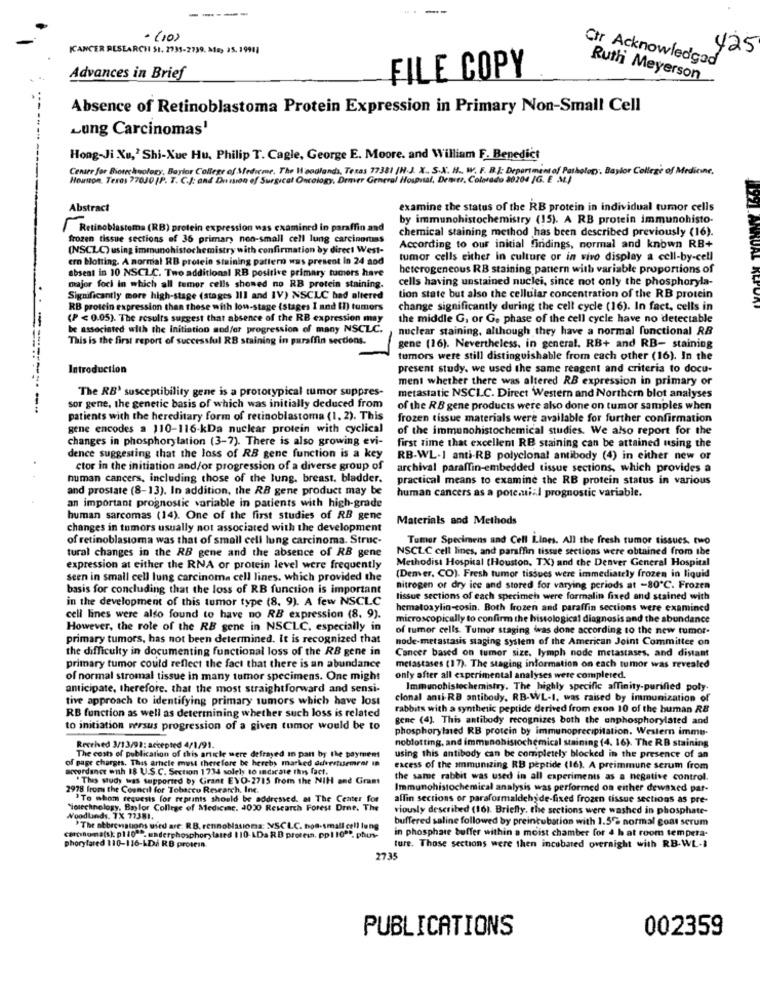
-----
----
- (10)
KANCER RESEARCH 51. 2735-2739. Ma, 35. 19911
425
Ctr Acknowledged
Advances in Brief
FILE COPY
Ruth Meyerson
Absence of Retinoblastoma Protein Expression in Primary Non-Small Cell
Lung Carcinomas'
Hong-Ji Xu,' Shi-Xue Hu. Philip T. Cagle, George E. Moore. and William F. Benedict
Center for Biotechnology, Baylor College of Medirme, The Woodlands, Texas 77381 /H.J. X. S.X. H. W. F. B.J. Department of Pathology. Baylor College of Medicine,
Houston, Texas 77030 [P. T. C.J: and Dension of Surgical Oncology, Denver General Hospital, Demstr, Colorado 20204 /G. E 34)
Abstract
examine the status of the RB protein in individual tumor cells
by immunohistochemistry (15). A RB protein immunohisto-
Retinoblastoma (RB) protein expression was examined in paraffin and
chemical staining method has been described previously (16).
frozen tissue sections of 36 primary non-small cell lung carcinortiss
(NSCLC) using immunohistochemistry with confirmation by direct West-
According to our initial findings, normal and known RB+
ero botting. A normal RB protein staining pattern was present In 24 aod
tumor cells either in culture or in vivo display a cell-by-cell
heterogeneous RB staining pattern with variable proportions of
absent in 10 NSCLC. Two additional RB positive primary tumors have
cells having unstained nuclei, since not only the phosphoryla-
major foci in which all tumor cells showed no RB protein staining.
Significantly more high-stage (stages Ill and IV) NSCLC had altered
tion state but also the cellular concentration of the RB protein
RB protein expression than those with lou-stage (stages I and II) tumors
change significantly during the cell cycle (16). In fact, cells in
(P < 0.05). The results suggest that absence of the RB expression may
the middle G, or G. phase of the cell cycle have no detectable
be associated with the initiation aodfor progression of many NSCLC.
nuclear staining, although they have a normal functional RB
This is the first report of successful RB staining in paraffin sections.
gene (16). Nevertheless. in general. RB+ and RB- staining
tumors were still distinguishable from each other (16). In the
Introduction
present study. we used the same reagent and criteria to docu-
ment whether there was altered RB expression in primary or
The RB' susceptibility gene is a prototypical tumor suppres-
metastatic NSCLC. Direct Western and Northern blot analyses
sor gene, the genetic basis of which was initially deduced from
of the RB gene products were also done on tumor samples when
patients with the hereditary form of retinoblastoma (1, 2). This
frozen tissue materials were available for further confirmation
gene encodes a 110-116-kDa nuclear protein with cyclical
of the immunohistochemical studies. We also report for the
changes in phosphorylation (3-7). There is also growing evi-
first time that excellent RB staining can be attained using the
dence suggesting that the loss of RB gene function is a key
RB-WL-1 anti-RB polyclonal antibody (4) in either new or
ctor in the initiation and/or progression of a diverse group of
archival paraffin-embedded tissue sections, which provides a
numan cancers, including those of the lung. breast. bladder.
practical means to examine the RB protein status in various
and prostate (8-13). In addition, the RB gene product may be
human cancers as a potemnial prognostic variable.
an important prognostic variable in patients with high-grade
human sarcomas (14). One of the first studies of RB gene
Materials and Methods
changes in tumors usually not associated with the development
of retinoblastoma was that of small cell lung carcinoma. Struc-
Tumor Specimens and Cell Lines. All the fresh tumor tissues. two
tural changes in the RB gene and the absence of RB gene
NSCLC cell lines, and paraffin tissue sections were obtained from the
Methodist Hospital (Houston, TX) and the Denver General Hospital
expression at either the RNA or protein level were frequently
seen in small cell lung carcinoma cell lines, which provided the
(Denver, CO). Fresh tumor tissues were immediately frozen in liquid
basis for concluding that the loss of RB function is important
nitrogen of dry ice and stored for varying periods at -80℃. Frozen
in the development of this tumor type (8. 9). A few NSCLC
lissue sections of each specimen were formalin fixed and stained with
hematoaylin-cosin. Both frozen and paraffin sections were examined
cell lines were also found to have no RB expression (8. 9).
microscopically to confirm the histological diagnosis and the abundance
However, the role of the RB gene in NSCLC, especially in
of tumor cells. Tumor staging Was done according to the new tumor-
primary tumors, has not been determined. It is recognized that
node-metastasis staging system of the American Joint Committee on
the difficulty in documenting functional loss of the RB gene in
Cancer based on tumor size. lymph node metastases, and distant
primary tumor could reflect the fact that there is an abundance
metastases (17). The staging information on each tumor was revealed
of normal stromal tissue in many tumor specimens. One might
only after all experimental analyses were completed.
anticipate, therefore. that the most straightforward and sensi-
Immunohistochemistry, The highly specific affinity-purified poly.
tive approach to identifying primary tumors which have lost
clonal anti-RB antibody. RB-WL-I, was raised by immunization of
RB function as well as determining whether such loss is related
rabbits with a synthetic peptide derived from exon 10 of the human RB
gene (4). This antibody recognizes both the anphosphorylated and
to initiation versus progression of a given tumor would be to
phosphorylated RB protein by immunoprecipitation. Western imme
noblotting, and immunohistochemical staining (4. 16). The RB staining
Recehed 3/13/92: accepted 4/1/91.
The costs of publication of this article mere defrayed in pan by the payment
of page charges. This article must therefore be hereby marked odvertuemrer in
using this antibody can be completely blocked in the presence of an
accordance with 18 U.S.C. Section 1734 solely to indicate this fact.
excess of the immunizing RB peptide (16). A preimmune serum from
"This study was supported by Grant EVO-2715 from the NIH and Grant
the same rabbit was used in all experiments as a negative control.
2978 from the Council for Tobacco Research, Inc.
Immunohistochemical analysis was performed on either dewaxed par-
"To whom requests for reprints should be addressed. at The Center for
alfin sections or paraformaldehyde-fixed frozen tissue sections as pre-
"iotechnology, Baylor College of Medicine. 4020 Research Forest Drne. The
viously described (16). Briefly, the sections were washed in phosphate-
Woodlands, TX 77381.
buffered saline followed by preincubation with 1.5% normal goat scrum
"The abbreviations used are: R.B. rennobasions: NSCLC. hos-small cell lung
in phosphate buffer within a moist chamber for 4 h at room tempera-
catchomalsk p1 1080. underphosphorylated 110-LDa RB protein. pp1 109". phus-
phoryfared 110-116-LDA RB protein.
ture. Those sections were then incubated overnight with RB-WL-1
2735
PUBLICATIONS
002359